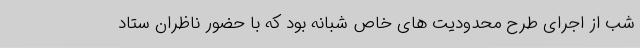
شب از اجرای طرح محدودیت های خاص شبانه بود که با حضور ناظران ستاد